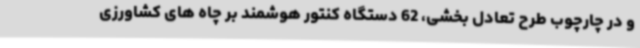
و در چارچوب طرح تعادل بخشی، 62 دستگاه کنتور هوشمند بر چاه های کشاورزی